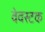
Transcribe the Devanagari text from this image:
वेवस्टक